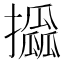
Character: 𢸖